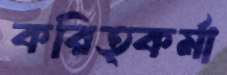
করিত্কর্মা